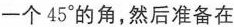
一个45°的角，然后准备在